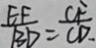
\frac { E F } { B D } = \frac { C F } { C D . }